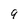
Character: 9